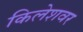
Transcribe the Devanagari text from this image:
किलेशवर